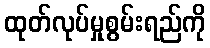
ထုတ်လုပ်မှုစွမ်းရည်ကို